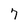
Character: 7